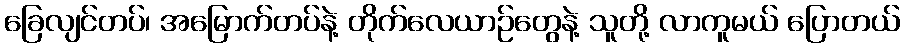
ခြေလျင်တပ်၊ အမြောက်တပ်နဲ့ တိုက်လေယာဉ်တွေနဲ့ သူတို့ လာကူမယ် ပြောတယ်